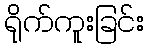
ရိုက်ကူးခြင်း